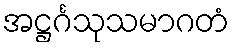
အဋ္ဌင်္ဂသုသမာဂတံ